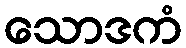
သောဒကံ